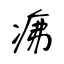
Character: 疿